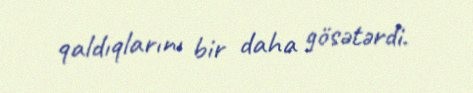
qaldıqlarını bir daha gösətərdi.